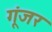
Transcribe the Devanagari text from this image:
गूंजर